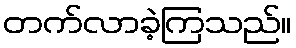
တက်လာခဲ့ကြသည်။